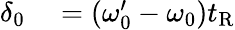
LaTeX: \begin{array}{rl}{\delta_{0}}&{{}=(\omega_{0}^{\prime}-\omega_{0})t_{\mathrm{R}}}\end{array}